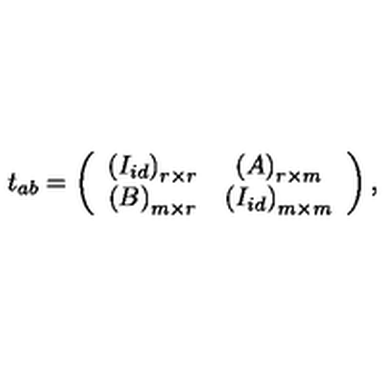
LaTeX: t _ { a b } = \left( \begin{array} { c c } { \left( I _ { i d } \right) _ { r \times r } } & { \left( A \right) _ { r \times m } } \\ { \left( B \right) _ { m \times r } } & { \left( I _ { i d } \right) _ { m \times m } } \\ \end{array} \right) ,